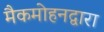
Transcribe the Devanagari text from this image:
मैकमोहनद्वारा